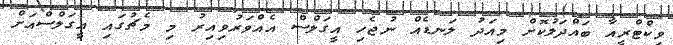
ވިކްޓްރީއާ ބައްދަލުކޮށް މިއަދު ލަނޑެއް ނުޖެހި އީގަލްސް އެއްވަރުވިއިރު މި މެޗުގައި އީގަލްސްއަށް